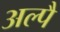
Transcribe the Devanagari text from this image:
अल्पै